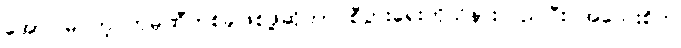
အောင်မြင်တဲ့ ကုမ္ပဏီတစ်ခုဖြစ်ဖို့ဆိုတာ စီပွားရေးကိုသိနားလည်ပြီး အသေးစိတ်